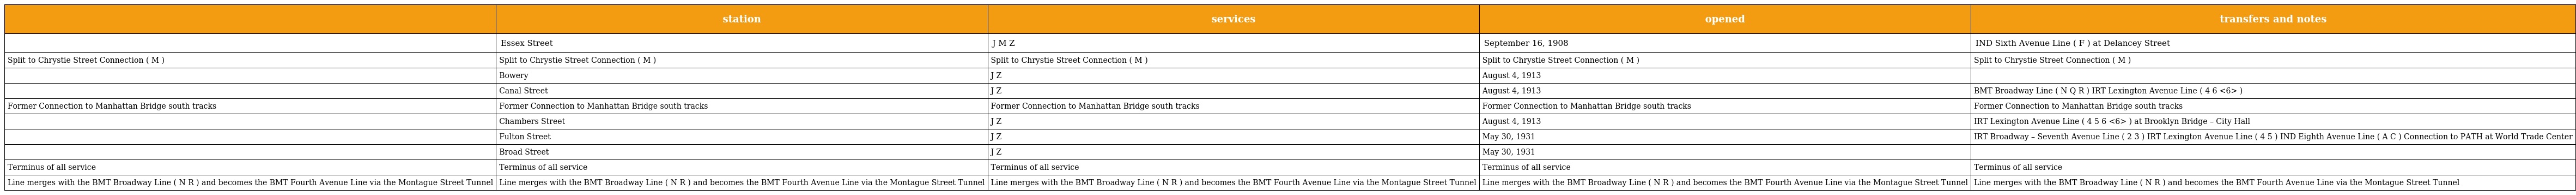
|  | station | services | opened | transfers and notes |
 | --- | --- | --- | --- | --- |
 |  | Essex Street | J M Z | September 16, 1908 | IND Sixth Avenue Line ( F ) at Delancey Street |
 | Split to Chrystie Street Connection ( M ) | Split to Chrystie Street Connection ( M ) | Split to Chrystie Street Connection ( M ) | Split to Chrystie Street Connection ( M ) | Split to Chrystie Street Connection ( M ) |
 |  | Bowery | J Z | August 4, 1913 |  |
 |  | Canal Street | J Z | August 4, 1913 | BMT Broadway Line ( N Q R ) IRT Lexington Avenue Line ( 4 6 <6> ) |
 | Former Connection to Manhattan Bridge south tracks | Former Connection to Manhattan Bridge south tracks | Former Connection to Manhattan Bridge south tracks | Former Connection to Manhattan Bridge south tracks | Former Connection to Manhattan Bridge south tracks |
 |  | Chambers Street | J Z | August 4, 1913 | IRT Lexington Avenue Line ( 4 5 6 <6> ) at Brooklyn Bridge – City Hall |
 |  | Fulton Street | J Z | May 30, 1931 | IRT Broadway – Seventh Avenue Line ( 2 3 ) IRT Lexington Avenue Line ( 4 5 ) IND Eighth Avenue Line ( A C ) Connection to PATH at World Trade Center |
 |  | Broad Street | J Z | May 30, 1931 |  |
 | Terminus of all service | Terminus of all service | Terminus of all service | Terminus of all service | Terminus of all service |
 | Line merges with the BMT Broadway Line ( N R ) and becomes the BMT Fourth Avenue Line via the Montague Street Tunnel | Line merges with the BMT Broadway Line ( N R ) and becomes the BMT Fourth Avenue Line via the Montague Street Tunnel | Line merges with the BMT Broadway Line ( N R ) and becomes the BMT Fourth Avenue Line via the Montague Street Tunnel | Line merges with the BMT Broadway Line ( N R ) and becomes the BMT Fourth Avenue Line via the Montague Street Tunnel | Line merges with the BMT Broadway Line ( N R ) and becomes the BMT Fourth Avenue Line via the Montague Street Tunnel |